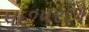
પૂછપરછો